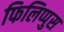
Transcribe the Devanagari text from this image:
फिलिप्पुस